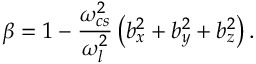
\beta = 1 - \frac { \omega _ { c s } ^ { 2 } } { \omega _ { l } ^ { 2 } } \left( b _ { x } ^ { 2 } + b _ { y } ^ { 2 } + b _ { z } ^ { 2 } \right) .